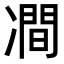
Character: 𭂠